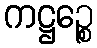
ကဋ္ဌဉ္စေ